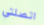
اتصلتي